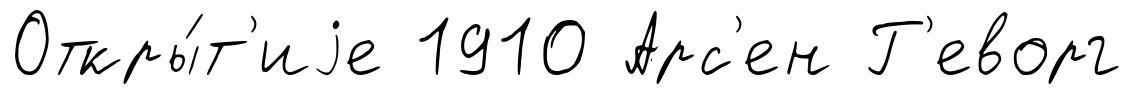
Откры́т'иjе 1910 Арс'ен Г'еворг